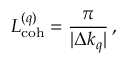
L _ { \mathrm { c o h } } ^ { ( q ) } = \frac { \pi } { | \Delta k _ { q } | } \, ,